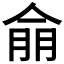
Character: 𮯿